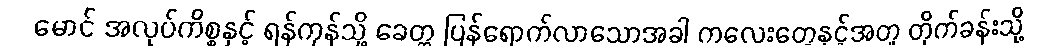
မောင် အလုပ်ကိစ္စနှင့် ရန်ကုန်သို့ ခေတ္တ ပြန်ရောက်လာသောအခါ ကလေးတွေနှင့်အတူ တိုက်ခန်းသို့